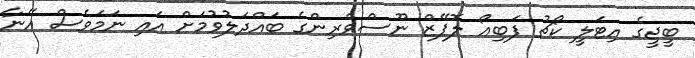
ބީޖީގެ އިޓަލީ ކޯޗު ފަބިއޯ ލޮޕޭޒް ނޫސްވެރިންގެ ބައްދަލުވުމަށް އައި ނަމަވެސް އޭނާ